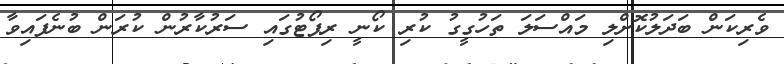
ވެރިކަން ބަދަލުކޮށްލި މައްސަލަ ތަހުގީގު ކުރި ކޯނީ ރިޕޯޓުގައި ސަރުކާރުން ކުރަން ބުނެފައިވާ